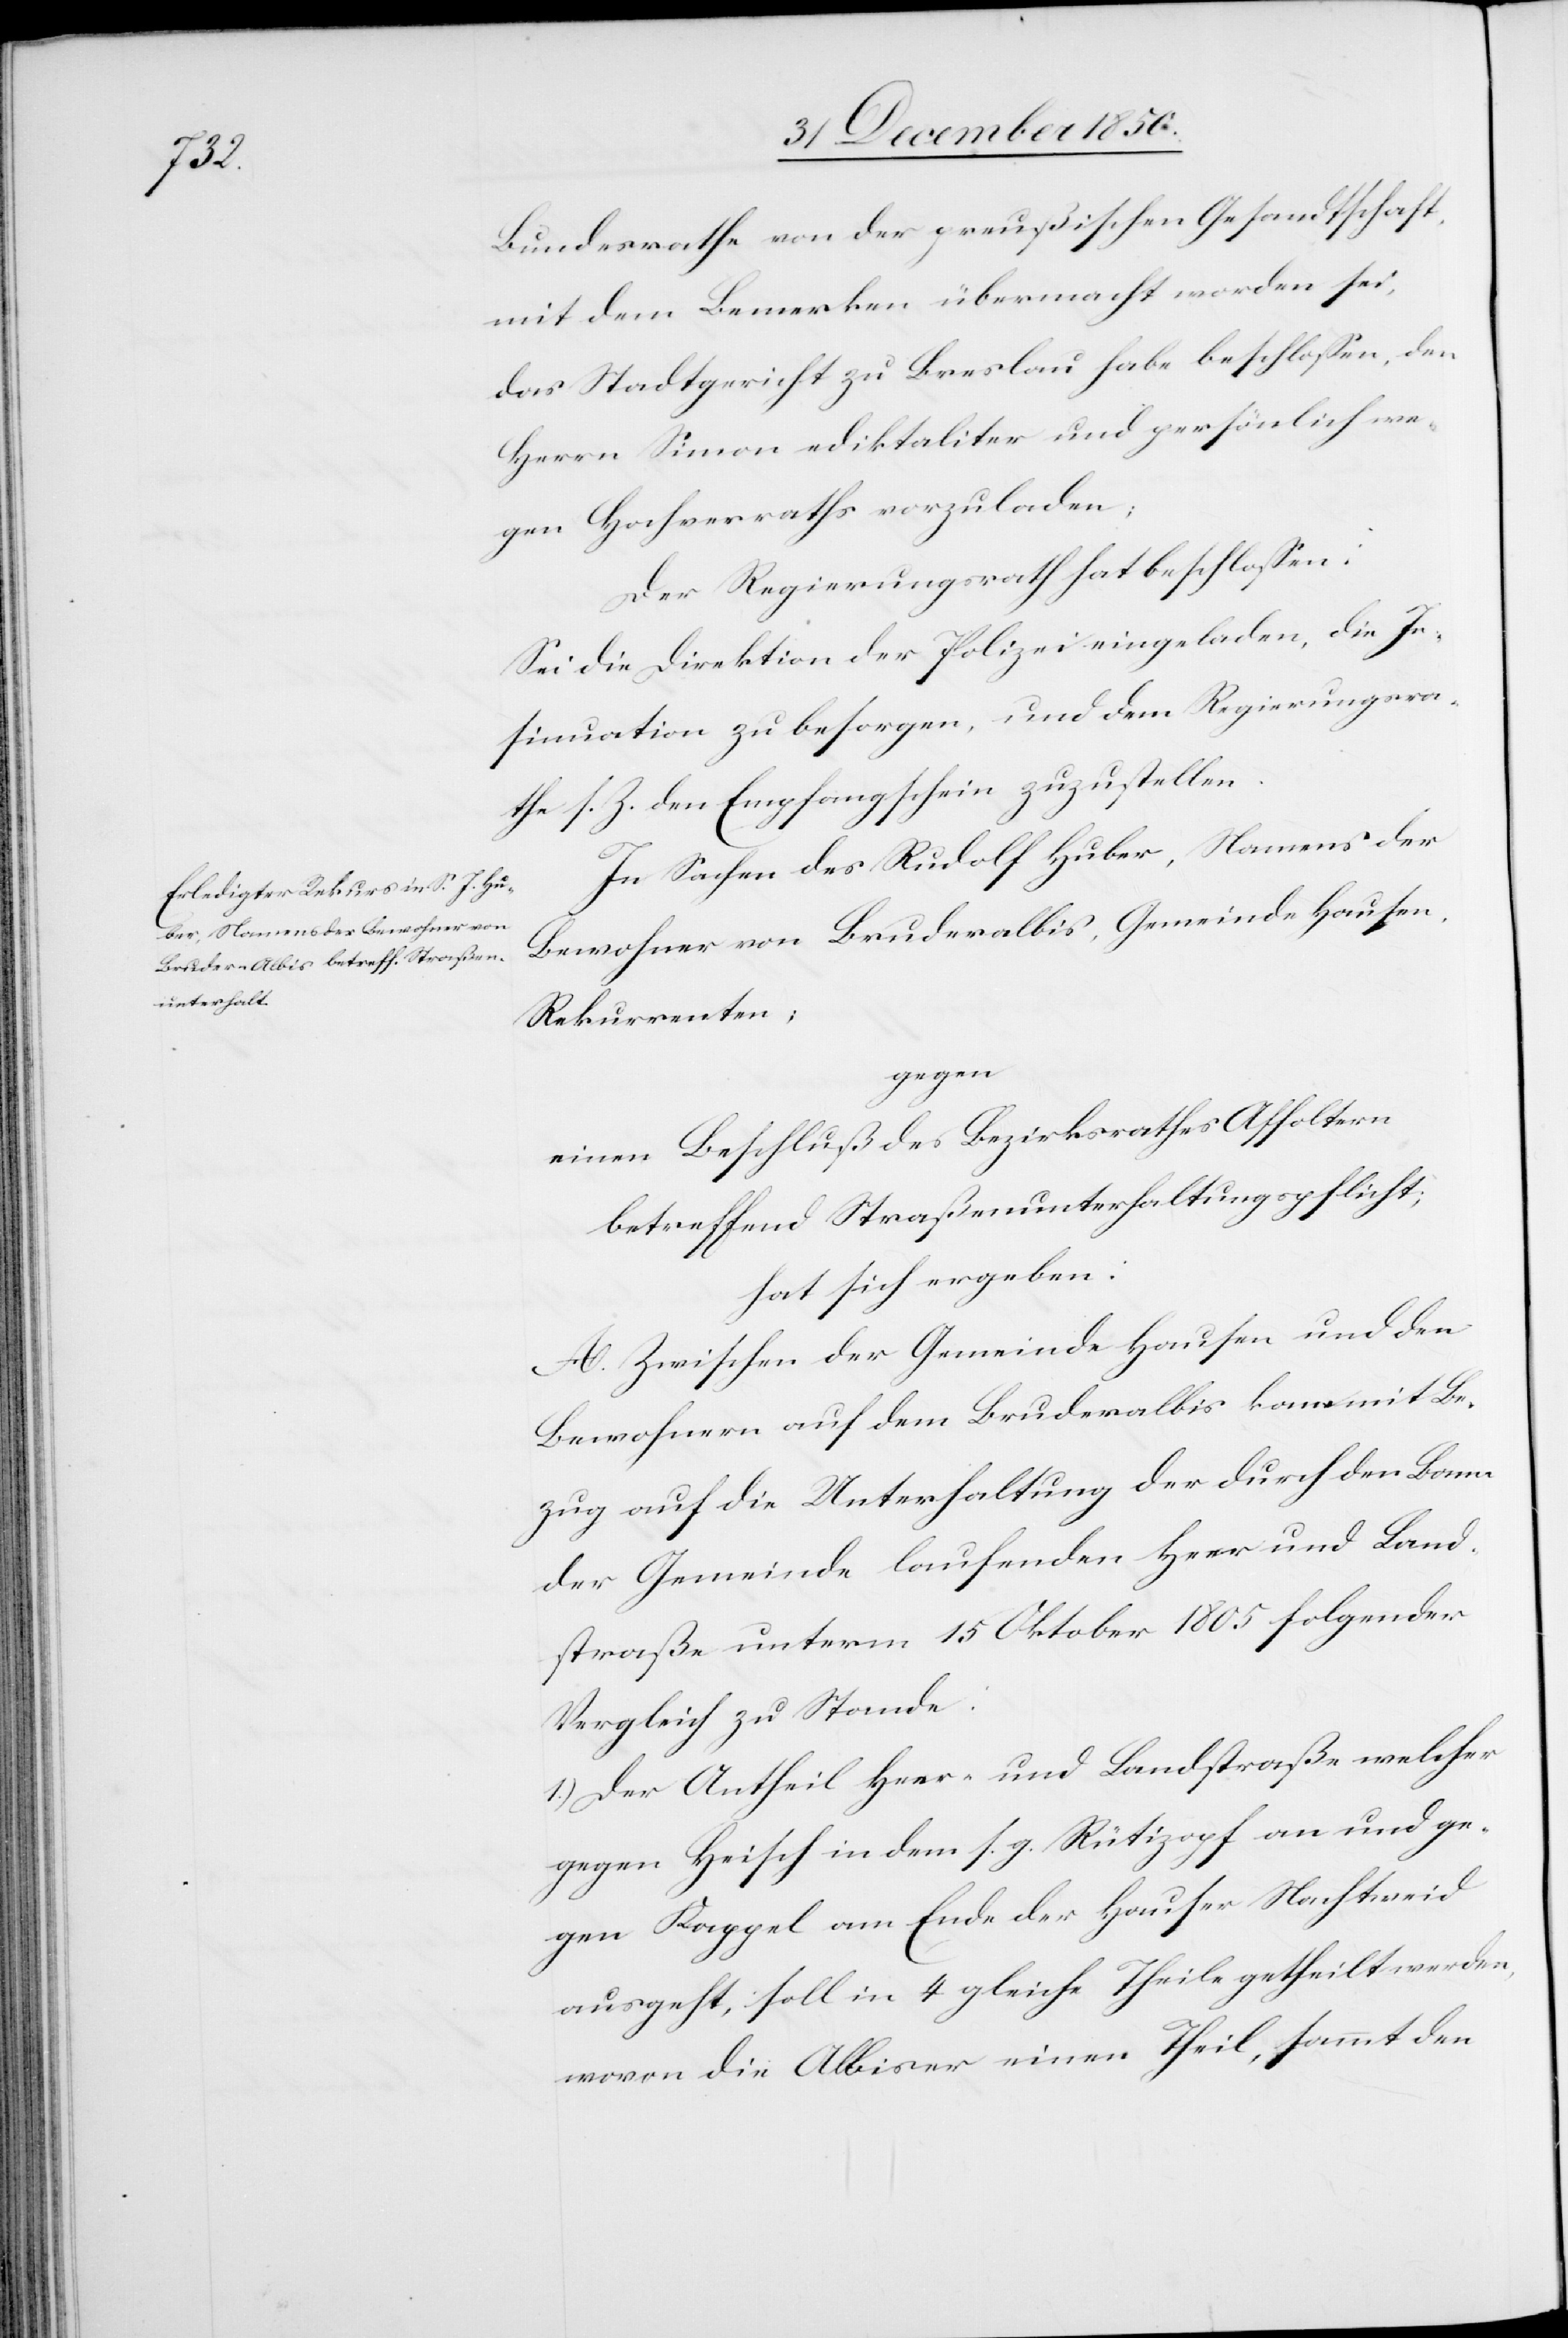
Bundesrathe von der preußischen Gesandtschaft,
mit dem Bemerken übermacht worden sei,
das Stadtgericht zu Breslau habe beschlossen, den
Herrn Simon ediktaliter und persönlich we¬
gen Hochverraths vorzuladen;
Der Regierungsrath hat beschlossen:
Sei die Direktion der Polizei eingeladen, die In¬
sinuation zu besorgen, und dem Regierungsra¬
the s. Z. den Empfangschein zuzustellen.
In Sachen des Rudolf Huber, Namens der
Bewohner von Bruderalbis, Gemeinde Hausen,
Rekurrenten,
gegen
einen Beschluß des Bezirksrathes Affoltern
betreffend Straßenunterhaltungspflicht;
hat sich ergeben:
A. Zwischen der Gemeinde Hausen und den
Bewohnern auf dem Bruderalbis kam mit Be¬
zug auf die Unterhaltung der durch den Bann
der Gemeinde laufenden Heer[-] und Land¬
straße unterm 15 Oktober 1805 folgender
Vergleich zu Stande:
1.) Der Antheil Heer- und Landstraße welcher
gegen Heisch in dem s. g. Rütizopf an und ge¬
gen Kappel am Ende der Hauser Nachtweid
ausgeht, soll in 4 gleiche Theile getheilt werden,
wovon die Albiser einen Theil, sammt den